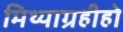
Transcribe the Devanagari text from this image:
मिथ्याग्रहीहो